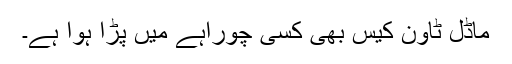
ماڈل ٹاؤن کیس بھی کسی چوراہے میں پڑا ہوا ہے۔